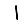
Digit: 1